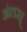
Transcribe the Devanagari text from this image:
अंतस्